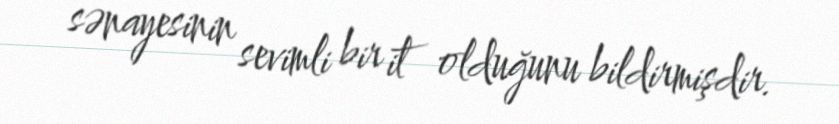
sənayesinin sevimli bir it olduğunu bildirmişdir.